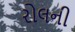
રોલની